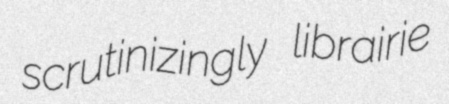
scrutinizingly librairie